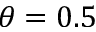
\theta = 0 . 5